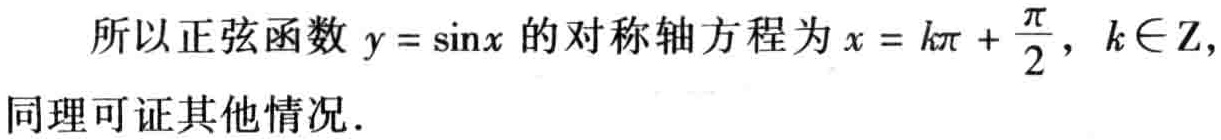
所以正弦函数 \(y = \sin x\) 的对称轴方程为 \(x = k\pi+\frac{\pi}{2}, k\in \mathbb{Z},\) 同理可证其他情况.